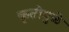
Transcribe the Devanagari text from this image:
कृतींमुळे